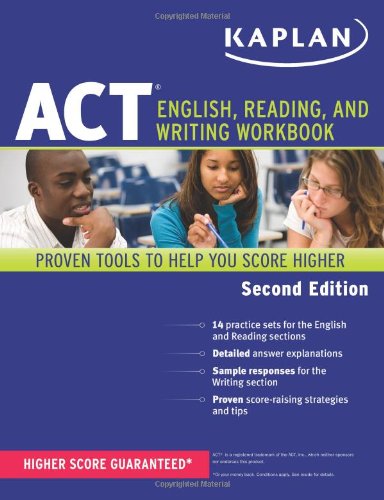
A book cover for Kaplan ACT English, Reading, and Writing Workbook (Kaplan Test Prep); Kaplan; Test Preparation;